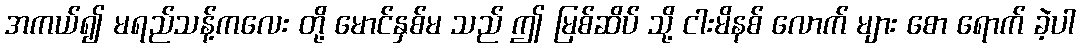
အကယ်၍ မရည်သန့်ကလေး တို့ မောင်နှစ်မ သည် ဤ မြစ်ဆိပ် သို့ ငါးမိနစ် လောက် များ စော ရောက် ခဲ့ပါ